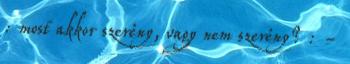
: most akkor szerény, vagy nem szerény? : -